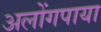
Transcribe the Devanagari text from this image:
अलोंगपाया